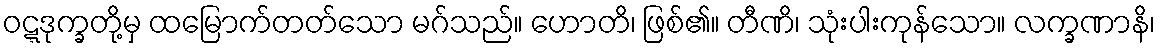
ဝဋ္ဋဒုက္ခတို့မှ ထမြောက်တတ်သော မဂ်သည်။ ဟောတိ၊ ဖြစ်၏။ တီဏိ၊ သုံးပါးကုန်သော။ လက္ခဏာနိ၊